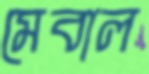
মেবাল